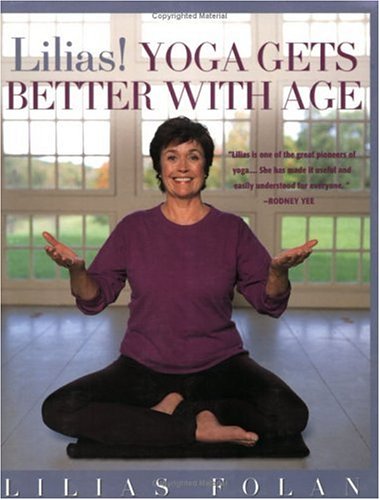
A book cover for Lilias! Yoga Gets Better with Age; Lilias Folan; Self-Help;